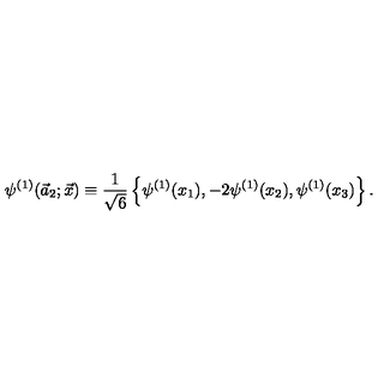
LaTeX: \psi ^ { ( 1 ) } ( \vec { a } _ { 2 } ; \vec { x } ) \equiv { \frac { 1 } { \sqrt { 6 } } } \left\{ \psi ^ { ( 1 ) } ( x _ { 1 } ) , - 2 \psi ^ { ( 1 ) } ( x _ { 2 } ) , \psi ^ { ( 1 ) } ( x _ { 3 } ) \right\} .